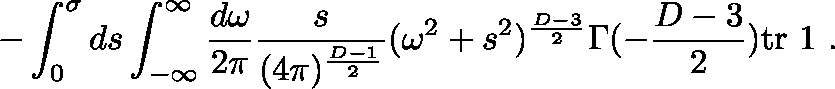
- \int _ { 0 } ^ { \sigma } d s \int _ { - \infty } ^ { \infty } \frac { d \omega } { 2 \pi } \frac { s } { ( 4 \pi ) ^ { \frac { D - 1 } { 2 } } } ( \omega ^ { 2 } + s ^ { 2 } ) ^ { \frac { D - 3 } { 2 } } \Gamma ( - \frac { D - 3 } { 2 } ) \mathrm { t r } \mathrm { \boldmath ~ 1 ~ } .